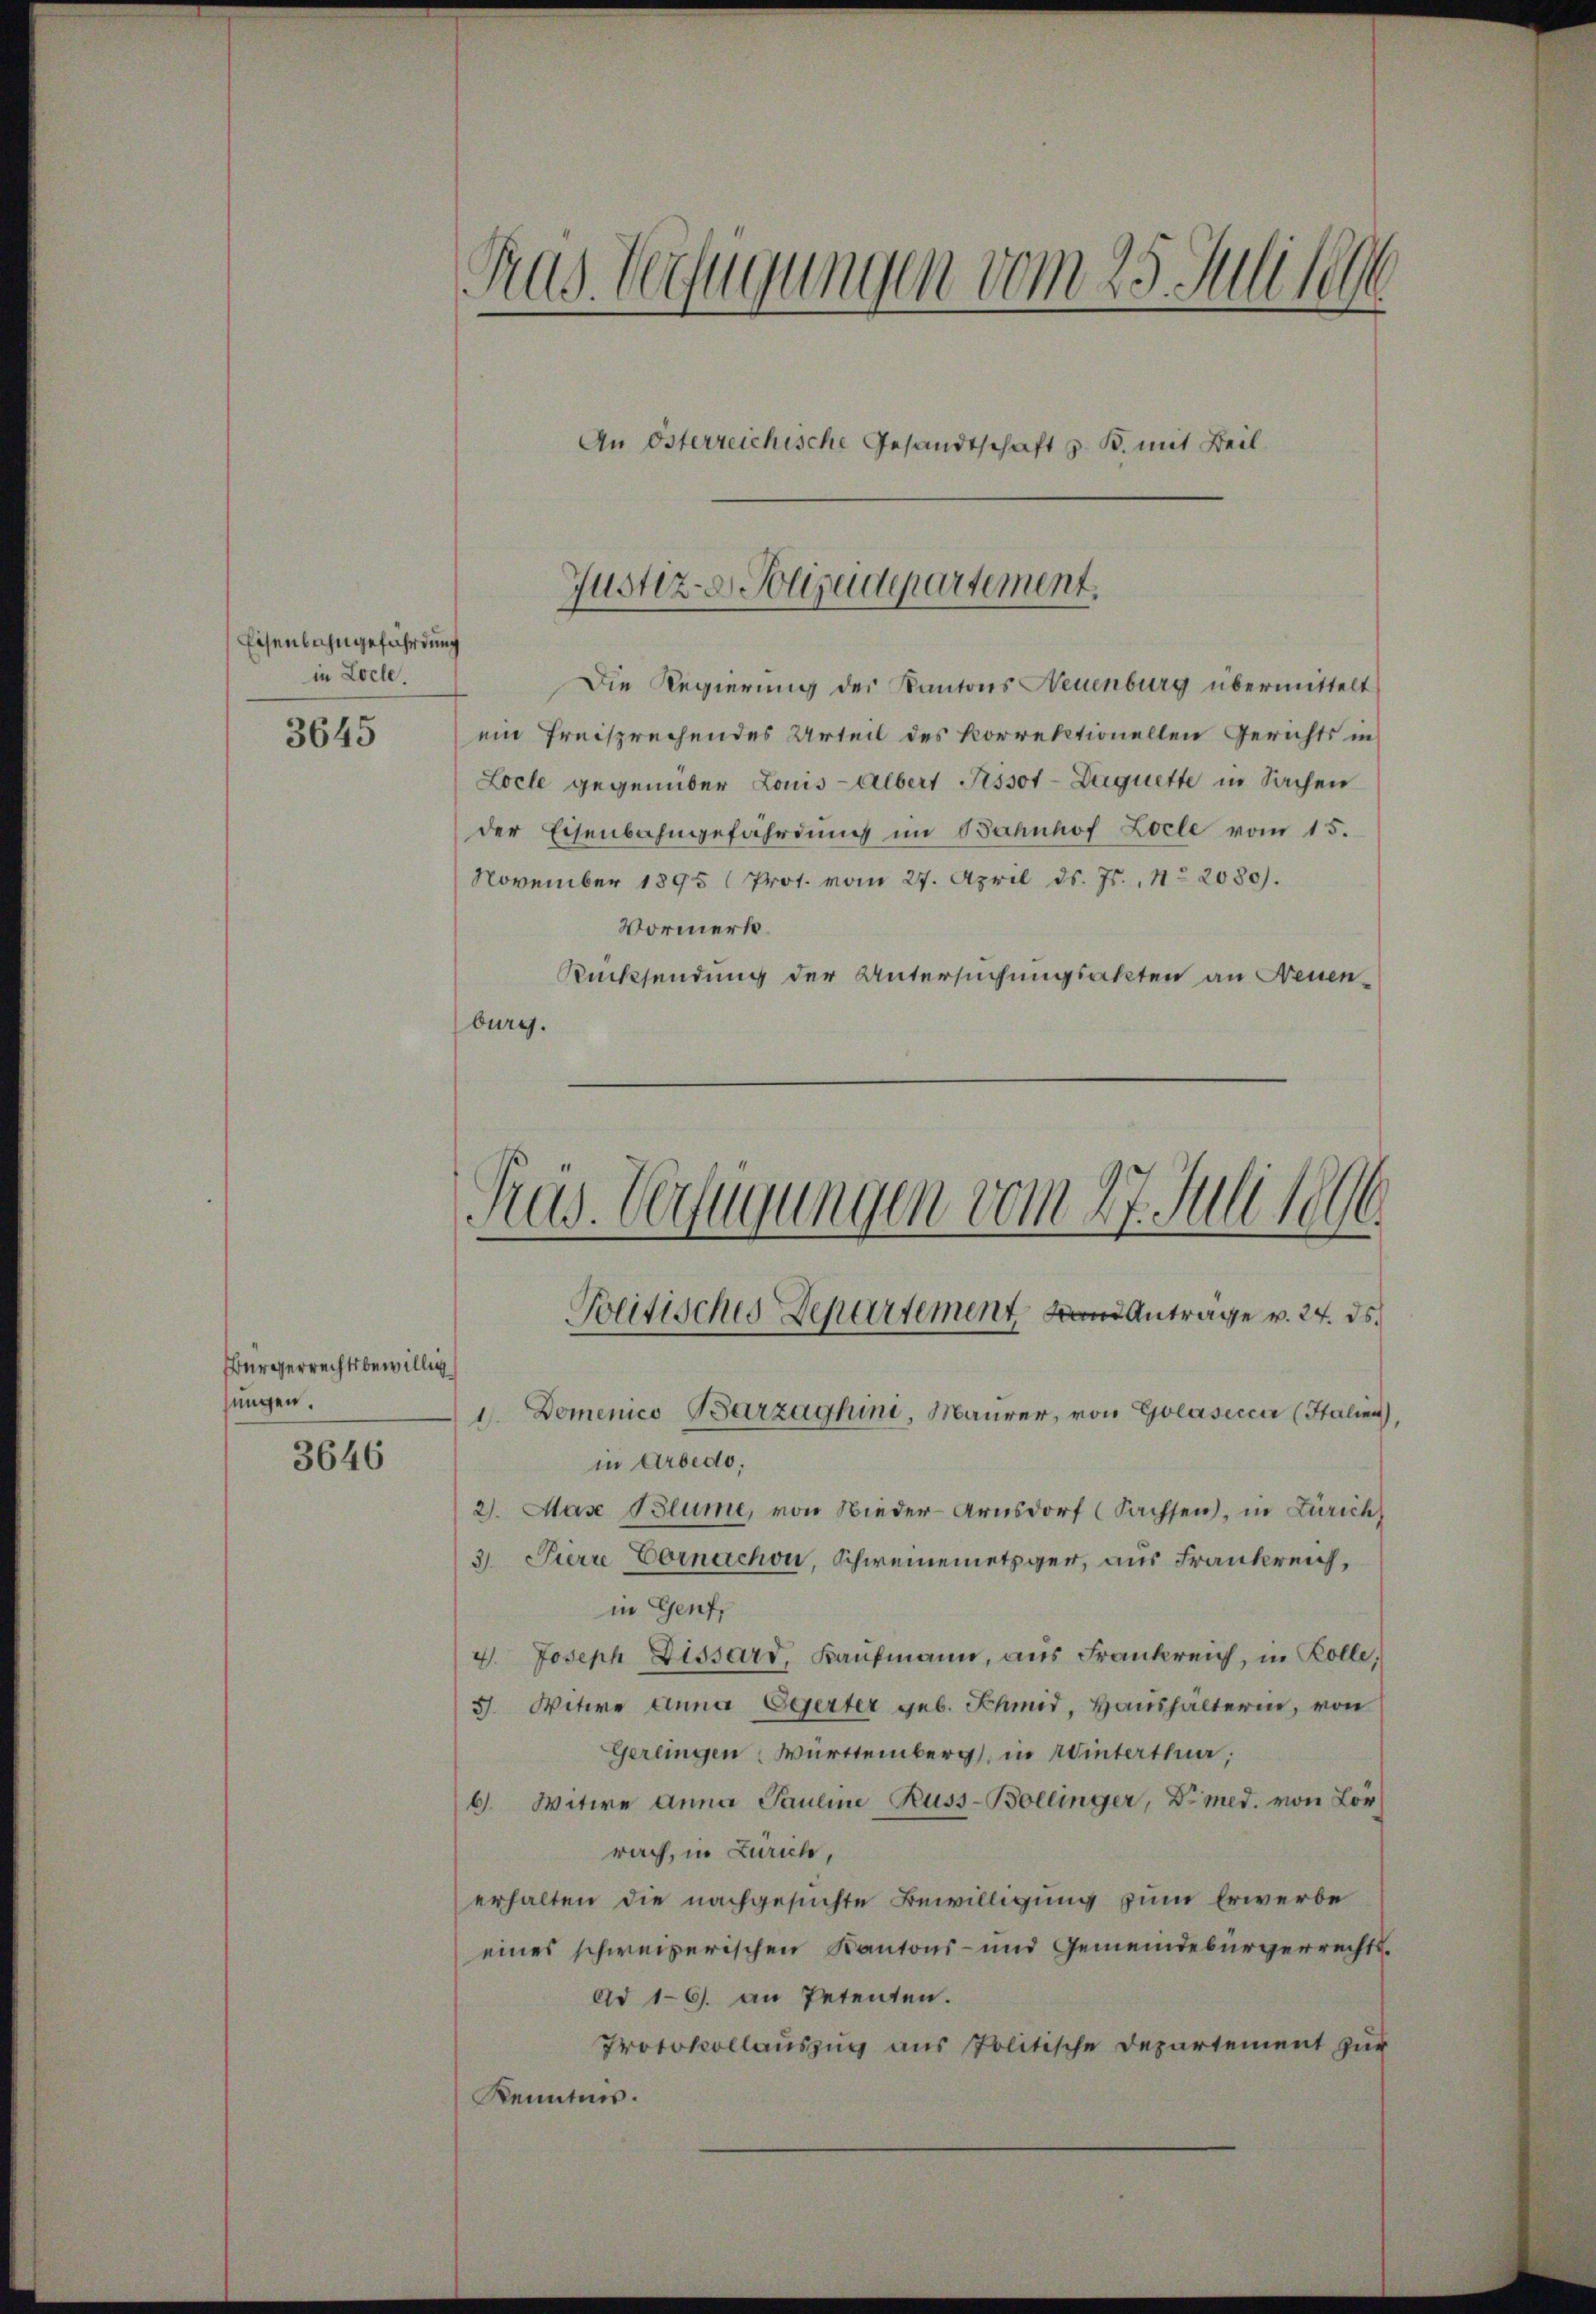
Eisenbahngefährdung
in Loche.
3645

Bürgerrechtsbewillig
sungen.

3646

Pas Verfügungen vom 25. Juli lebe

An Österreichische Gesandtschaft z. B. mit Beil

Justiz-Solijudepartement.

Die Regierung des Kantons Neuenburg übermittelt
ein freisprechendes Urteil des korrektionellen Gerichts in
Loele gegenüber Louis-Albert Pissot-Duquette in Sachen
der Eisenbahngefährdung im Bahnhof Locle vom 15.
November 1895 (Prot. vom 27. April d. Js., No 2080).
Vormerk.
Rücksendung der Untersuchungsakten an Neuen
burg.

Pras. Verfügungen vom 27. Juli 1896
Beitisches Departement an Anträge v. 24. ds.

1. Domenico Barzaghini, Maurer, von Golásecca (Italien),
in Arbedo,
2). Mase Blume, von Nieder-Arnsdorf (Sachsen, in Zürich
3. Pierre Vornachon, Schweinemetzger, aus Frankrei
in Genf,
4. Joseph Dissard, Kaufmann, aus Frankreich, in Kolle,
5. Witwe Anna Egerter geb. Schmid, Haushälterin, von
Gerlingen Württemberg in Winterthur,
6. Witwe Anna Pauline Russ-Bollinger, Dimed. von Lor
rach, in Zürich,
erhalten die nachgesuchte Bewilligung zum Erwerbe
eines schweizerischen Kantons- und Gemeindebürgerrechts¬
Ad 16. an Petenten.
Protokollauszug aus Politische Departement zur
Kenntnis.